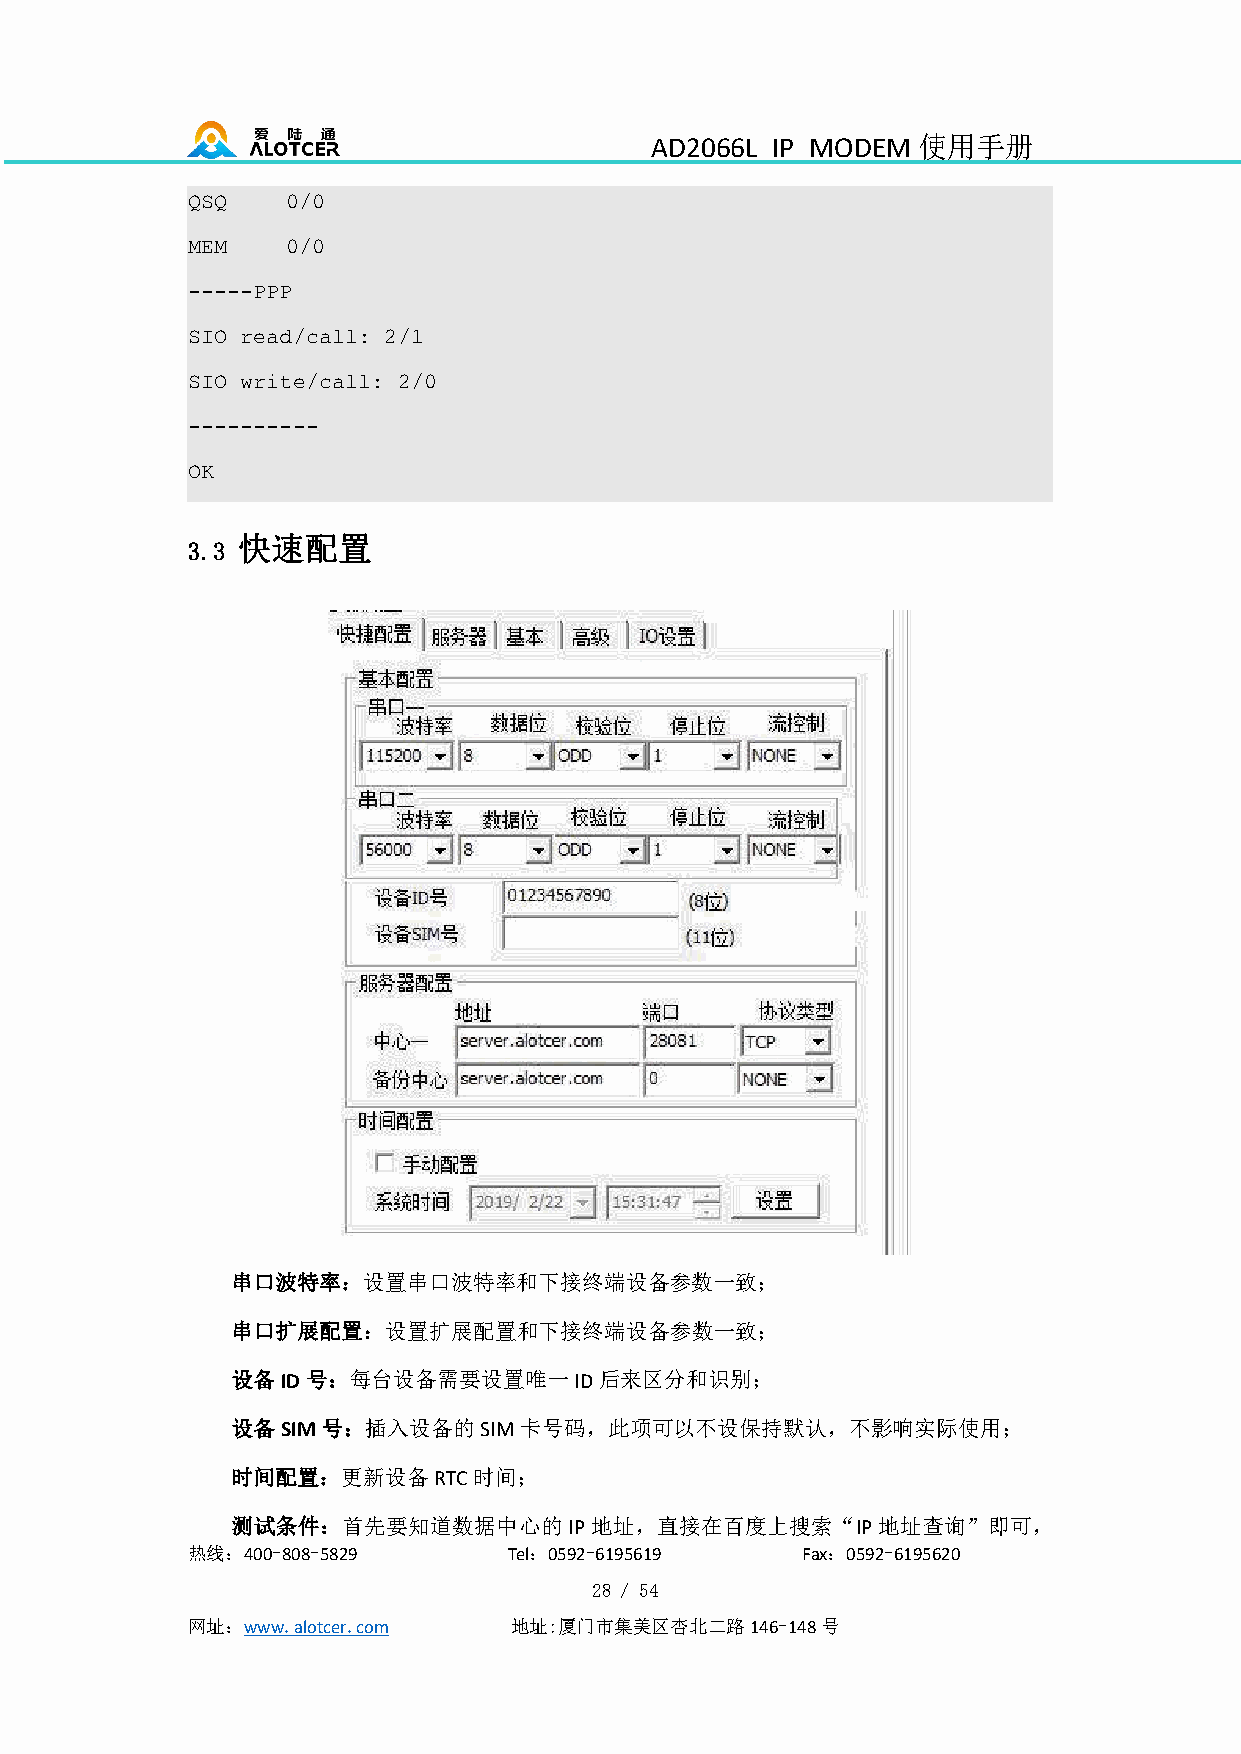
AD2066L IP MODEM  使用手册
 QSQ    0/0
 MEM    0/0
 -----PPP
 SIO read/call: 2/1
 SIO write/call: 2/0
 ----------
 OK
 快速配置
 3.3
 串口波特率：设置串口波特率和下接终端设备参数一致；
 串口扩展配置：设置扩展配置和下接终端设备参数一致；
 设备ID号：每台设备需要设置唯一ID后来区分和识别；
 设备SIM号：插入设备的SIM卡号码，此项可以不设保持默认，不影响实际使用；
 时间配置：更新设备RTC时间；
 测试条件：首先要知道数据中心的IP地址，直接在百度上搜索“IP地址查询”即可，
 热线：400-808-5829       Tel：0592-6195619   Fax：0592-6195620
 28 / 54
 网址：www.alotcer.com    地址:厦门市集美区杏北二路146-148号